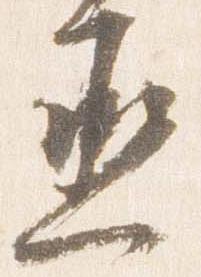
丞